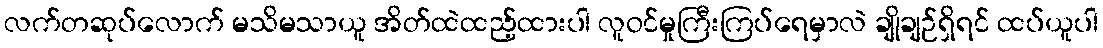
လက်တဆုပ်လောက် မသိမသာယူ အိတ်ထဲထည့်ထားပါ လူဝင်မှုကြီးကြပ်ရေမှာလဲ ချိုချဉ်ရှိရင် ထပ်ယူပါ